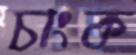
চাংক